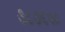
૩૮૭૬૫૦